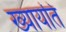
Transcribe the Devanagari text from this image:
ख्यायति